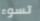
تسوء